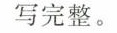
写完整。